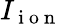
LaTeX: I_{\mathrm{~i~o~n~}}